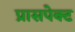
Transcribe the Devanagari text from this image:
प्रासपेक्ट